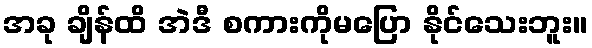
အခု ချိန်ထိ အဲဒီ စကားကိုမပြော နိုင်သေးဘူး။